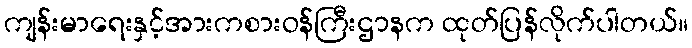
ကျန်းမာရေးနှင့်အားကစားဝန်ကြီးဌာနက ထုတ်ပြန်လိုက်ပါတယ်။